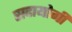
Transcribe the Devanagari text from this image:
सदायोगी